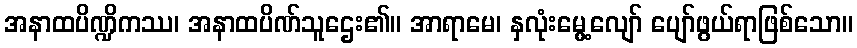
အနာထပိဏ္ဍိကဿ၊ အနာထပိဏ်သူဌေး၏။ အာရာမေ၊ နှလုံးမွေ့လျော် ပျော်ဖွယ်ရာဖြစ်သော။